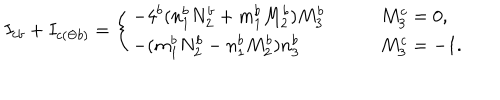
LaTeX: I _ { c b } + I _ { c ( \Theta b ) } = \left\{ \begin{array} { l l } { { - 4 ^ { b } ( n _ { 1 } ^ { b } N _ { 2 } ^ { b } + m _ { 1 } ^ { b } M _ { 2 } ^ { b } ) M _ { 3 } ^ { b } } } & { { \qquad M _ { 3 } ^ { c } = 0 , } } \\ { { - ( m _ { 1 } ^ { b } N _ { 2 } ^ { b } - n _ { 1 } ^ { b } M _ { 2 } ^ { b } ) n _ { 3 } ^ { b } } } & { { \qquad M _ { 3 } ^ { c } = - 1 . } } \\ \end{array} \right.